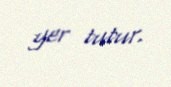
yer tutur.